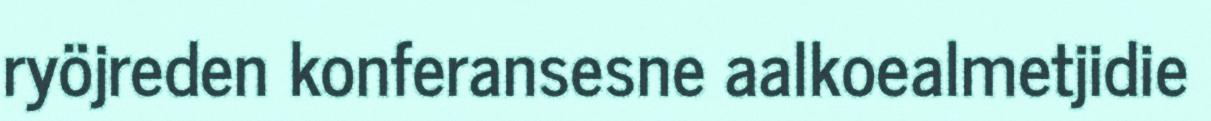
ryöjreden konferansesne aalkoealmetjidie